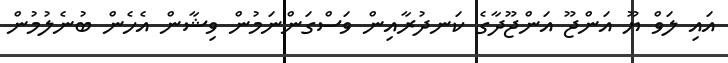
އައި ލަވް ޔޫ އަންޖޫ އަންޖޫދާގެ ކަނދުރާއިން ވަސްގަންނަމުން ވިޝާން އެހެން ބުނެލުމުން